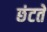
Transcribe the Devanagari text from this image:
छंटते